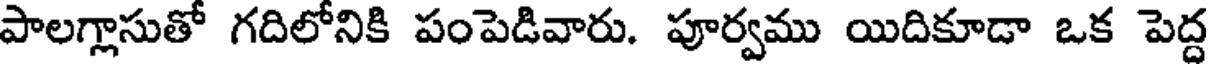
పాలగ్గాసుతో గదిలోనికి పంపెడివారు. పూర్వము యిదికూడా ఒక పెద్ద